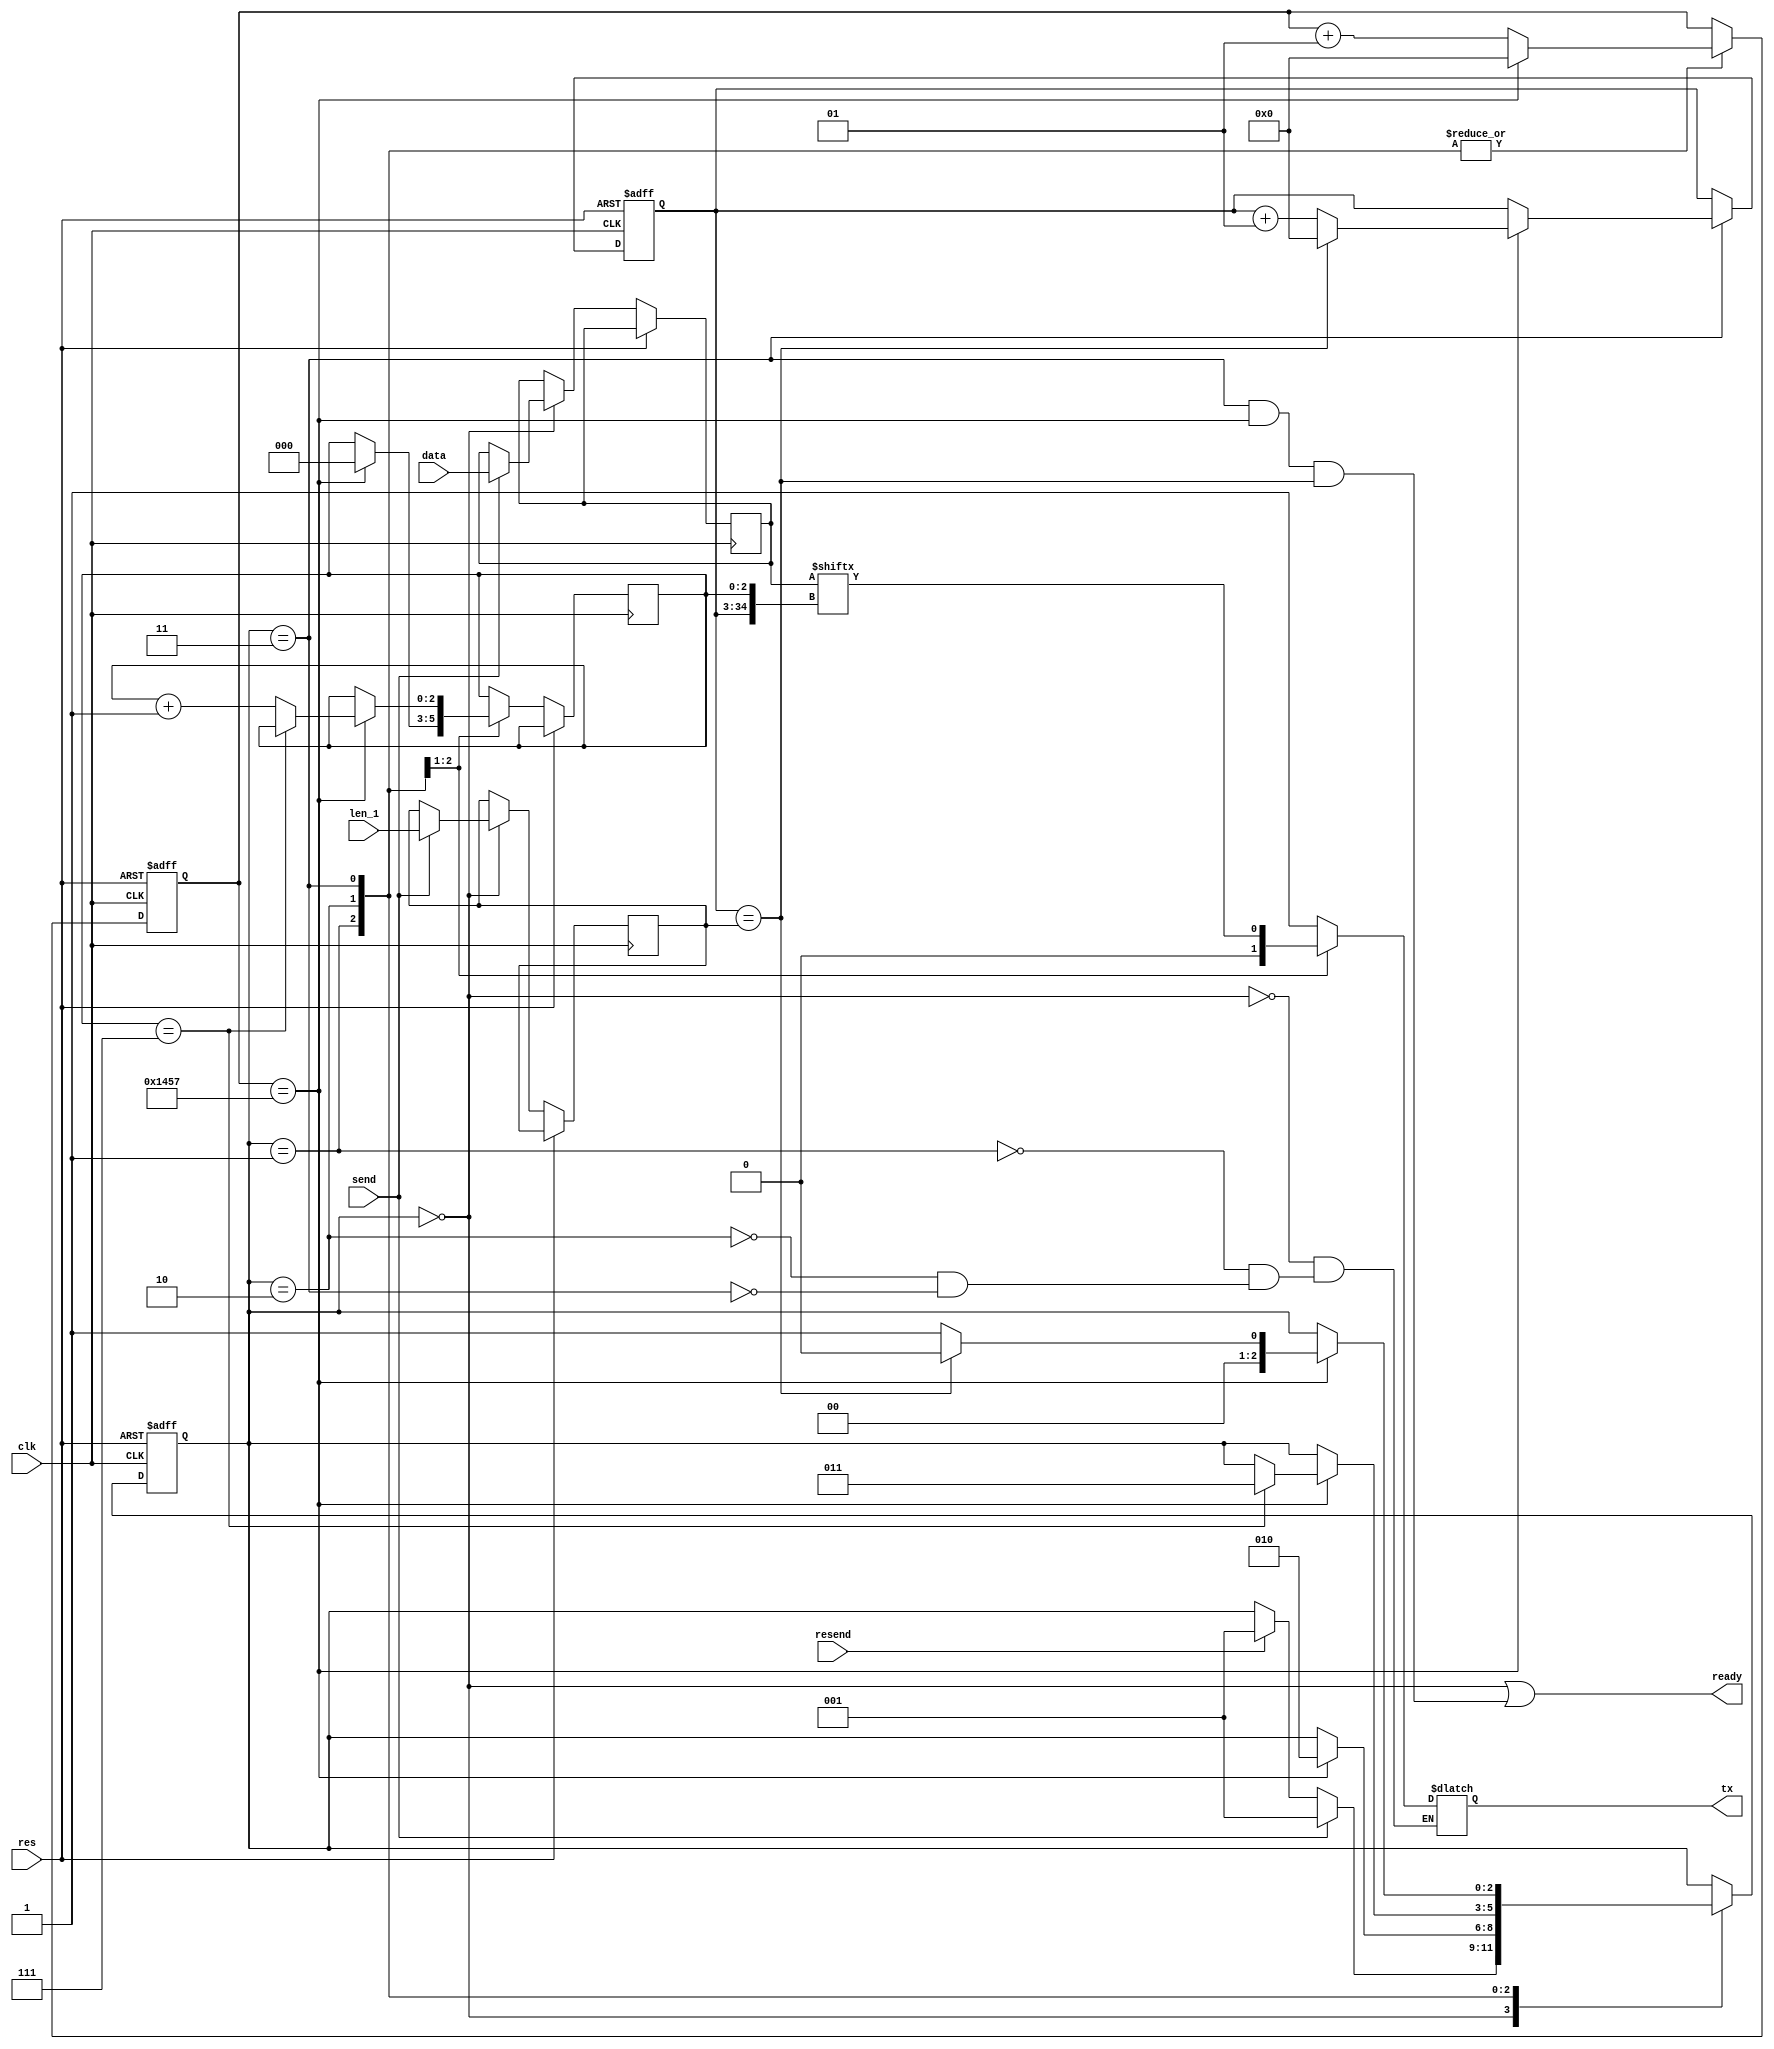
module UART_tx #(
    parameter CLK = 50,
    parameter BAUD_RATE = 9600,
    parameter DATA_MAX_LEN = 1
) (
    input wire clk,
    input wire res,
    input wire [DATA_MAX_LEN * 8 - 1:0] data,
    input wire [31:0] len_1,
    input wire send, resend,
    output wire ready,
    output reg tx
);
    localparam S_IDLE  = 3'd0;
    localparam S_START = 3'd1;
    localparam S_SEND  = 3'd2;
    localparam S_STOP  = 3'd3;
    localparam CYCLE = CLK * 1000000 / BAUD_RATE;
    reg [31:0] lenLatch_1;
    reg [DATA_MAX_LEN * 8 - 1:0] dataLatch;
    reg [2:0] state, nextState;
    reg [2:0] sendPtr;
    integer cycleCount, sendBase;
    wire cycleEnd;

    assign ready = state == S_IDLE || state == S_STOP && cycleEnd && (sendBase == lenLatch_1);
    assign cycleEnd = cycleCount == CYCLE - 1;
    
    always @* begin
        case (state)
            S_IDLE:  tx = 1'b1;
            S_START: tx = 1'b0;
            S_SEND:  tx = dataLatch[{sendBase, sendPtr}];
            S_STOP:  tx = 1'b1;
        endcase
    end

    always @(posedge clk or posedge res) begin
        if(res) begin
            state <= S_IDLE;
            cycleCount <= 0;
            sendBase <= 0;            
        end
        else
            case(state)
                S_IDLE: begin
                    if(send) begin
                        dataLatch <= data;
                        lenLatch_1 <= len_1;
                        state <= S_START;
                    end
                    else if(resend) begin
                        state <= S_START;
                    end
                end
                S_START: begin
                    if(cycleEnd) begin
                        cycleCount <= 0;
                        state <= S_SEND;
                        sendPtr <= 3'b0;
                    end else 
                        cycleCount <= cycleCount + 1;
                end
                S_SEND: begin
                    if(cycleEnd) begin
                        cycleCount <= 0;
                        if(sendPtr == 3'd7) 
                            state <= S_STOP;
                        else
                            sendPtr <= sendPtr + 3'b1;
                    end else
                        cycleCount <= cycleCount + 1; 
                end
                S_STOP: begin
                    if(cycleEnd) begin
                        cycleCount <= 0;
                        if(sendBase == lenLatch_1) begin
                            sendBase <= 0;
                            state <= S_IDLE;
                        end
                        else begin
                            state <= S_START;
                            sendBase <= sendBase + 1;
                        end
                    end else
                        cycleCount <= cycleCount + 1; 
                end
            endcase
    end
endmodule

module UART_rx #(
    parameter CLK = 50,
    parameter BAUD_RATE = 9600,
    parameter DATA_MAX_LEN = 1
) (
    input wire clk,
    input wire res,
    input wire en,
    input wire rx,
    input wire [31:0] len_1,
    output reg [DATA_MAX_LEN * 8 - 1:0] data,
    output wire recved
);
    localparam CYCLE = CLK * 1000000 / BAUD_RATE;
    localparam S_IDLE     = 3'd0;
    localparam S_START    = 3'd1;
    localparam S_RECV     = 3'd2;
    localparam S_STOP     = 3'd3;
    localparam S_WAITNEXT = 3'd4;

    reg [2:0] state;
    integer cycleCount, recvBase;
    reg [2:0] recvPtr;
    reg [31:0] lenLatch_1;
    wire cycleEnd = cycleCount == CYCLE - 1;

    assign recved = state == S_STOP && cycleEnd && recvBase == lenLatch_1;

    always @(posedge clk or posedge res) begin
        if(res) begin
            state <= S_IDLE;
            cycleCount <= 0;
            recvBase <= 0;     
            recvPtr <= 0;                            
        end 
        else
            case(state)
                S_IDLE:
                    if(~rx && en) begin
                        state <= S_START;
                        lenLatch_1 <= len_1;
                    end
                S_WAITNEXT:
                    if(~rx) begin
                        state <= S_START;
                    end
                S_START:
                    if(cycleEnd) begin
                        cycleCount <= 0;
                        state <= S_RECV;
                    end
                    else
                        cycleCount <= cycleCount + 1;
                S_RECV:
                    if(cycleEnd) begin
                        cycleCount <= 0;
                        if(recvPtr == 3'd7) begin
                            recvPtr <= 3'd0;
                            state <= S_STOP;
                        end
                        else
                            recvPtr <= recvPtr + 3'b1;
                    end
                    else begin
                        if(cycleCount == CYCLE / 2)
                            data[{recvBase, recvPtr}] <= rx;
                        cycleCount <= cycleCount + 1;
                    end
                S_STOP:
                    if(cycleEnd) begin
                        cycleCount <= 0;
                        if(recvBase == lenLatch_1) begin
                            recvBase <= 0;
                            if(~rx && en) begin
                                state <= S_START;
                                lenLatch_1 <= len_1;
                            end
                            else
                                state <= S_IDLE;
                        end
                        else begin
                            recvBase <= recvBase + 1;
                            state <= ~rx ? S_START : S_WAITNEXT;
                        end
                    end else
                        cycleCount <= cycleCount + 1;
            endcase
    end

endmodule